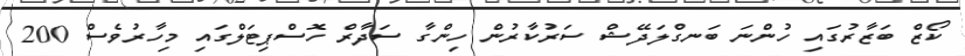
ކޯޒް ބަޒާރުގައި ހުންނަ ބަނގްލަދޭޝް ސަރުކާރުން ހިންގާ ސަދާރް ހޮސްޕިޓަލްގައި މިހާރުވެސް 200